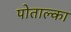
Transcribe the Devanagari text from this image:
पोताल्का